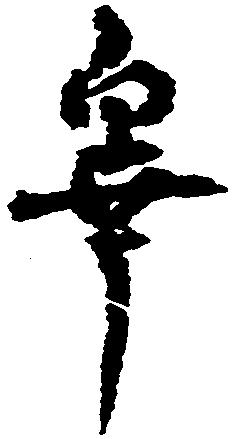
畢